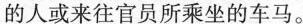
的人或来往官员所乘坐的车马。